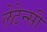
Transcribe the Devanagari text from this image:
लेटेन्सी